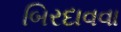
બિરદાવવા